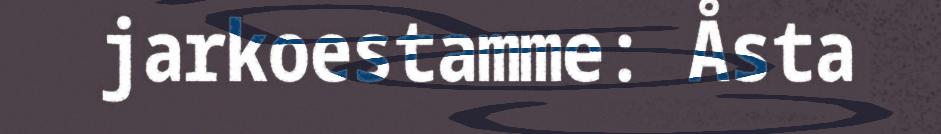
jarkoestamme: Åsta